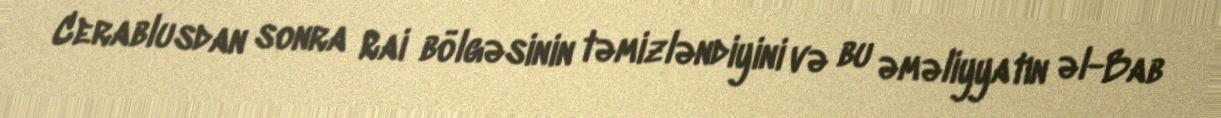
Cerablusdan sonra Rai bölgəsinin təmizləndiyini və bu əməliyyatın əl-Bab